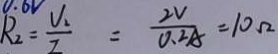
R _ { 2 } = \frac { V _ { 2 } } { I } = \frac { 2 V } { 0 . 2 A } = 1 0 \Omega